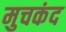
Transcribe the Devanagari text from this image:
मुचकंद